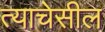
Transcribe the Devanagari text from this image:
त्याचेसील